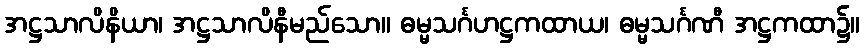
အဋ္ဌသာလိနိယာ၊ အဋ္ဌသာလိနီမည်သော။ ဓမ္မသင်္ဂဟဋ္ဌကထာယ၊ ဓမ္မသင်္ဂဏီ အဋ္ဌကထာ၌။